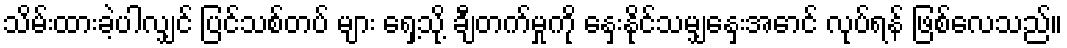
သိမ်းထားခဲ့ပါလျှင် ပြင်သစ်တပ် များ ရှေ့သို့ ချီတက်မှုကို နှေးနိုင်သမျှနှေးအောင် လုပ်ရန် ဖြစ်လေသည်။